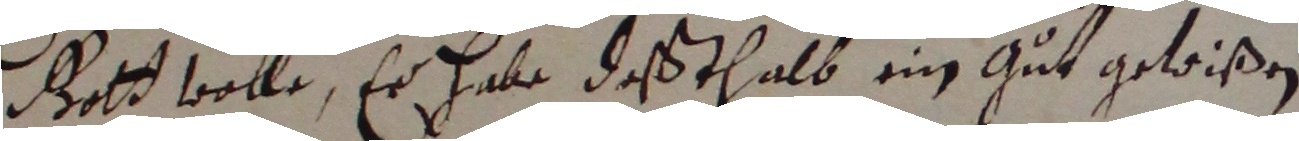
gott wolle, er habe deßthalb ein gut gewißen